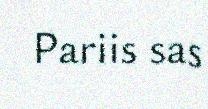
Pariis sas